Punjab Mental Hospital Lahore 1922-31 - 1922-1931
Year: 1922
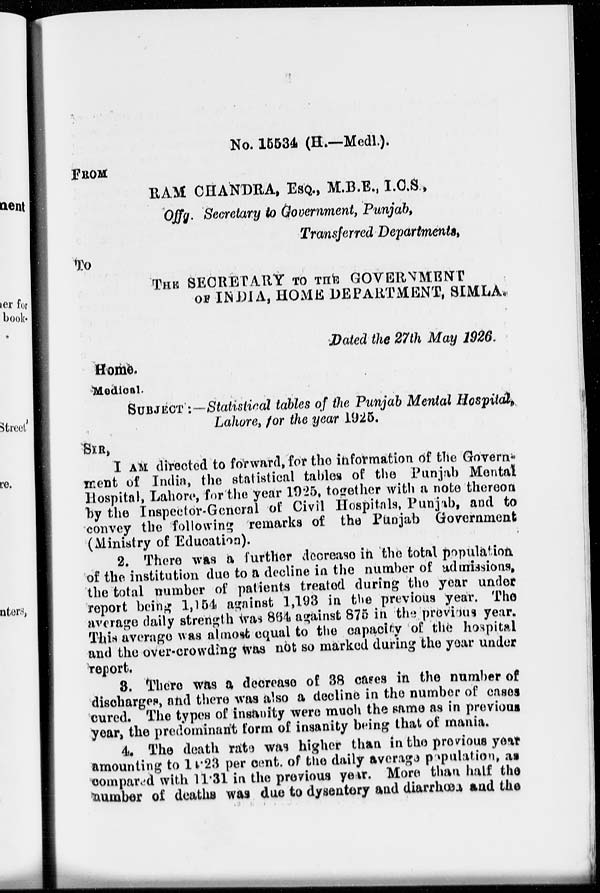
No. 15534 (H.—Medl.).
FROM
RAM CHANDRA, ESQ., M.B.E., I.C.S.,
Offg. Secretary to Government, Punjab,
Transferred Departments,
To
THE SECRETARY TO THE GOVERNMENT
OF INDIA, HOME DEPARTMENT, SIMLA.
Dated the 27th May 1926.
Home.
Medical.
SUBJECT :—Statistical tables of the Punjab Mental Hospital,
Lahore, for the year 1925.
SIR,
I AM directed to forward, for the information of the Govern-
ment of India, the statistical tables of the Punjab Mental
Hospital, Lahore, for the year 1925, together with a note thereon
by the Inspector-General of Civil Hospitals, Punjab, and to
convey the following remarks of the Punjab Government
(Ministry of Education).
2. There was a further decrease in the total population
of the institution due to a decline in the number of admissions,
the total number of patients treated during the year under
report being 1,154 against 1,193 in the previous year. The
average daily strength was 864 against 875 in the previous year.
This average was almost equal to the capacity of the hospital
and the over-crowding was not so marked during the year under
report.
3. There was a decrease of 38 cases in the number of
discharges, and there was also a decline in the number of cases
cured. The types of insanity were much the same as in previous
year, the predominant form of insanity being that of mania.
4. The death rate was higher than in the previous year
amounting to 11.23 per cent. of the daily average population, as
compared with 11.31 in the previous year. More than half the
number of deaths was due to dysentery and diarrhœa and the